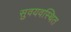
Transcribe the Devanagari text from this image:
सुवयवस्थित